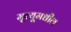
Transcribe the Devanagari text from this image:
मृत्यूमधील